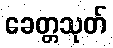
ခေတ္တသုတ်